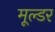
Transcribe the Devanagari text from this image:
मूल्डर